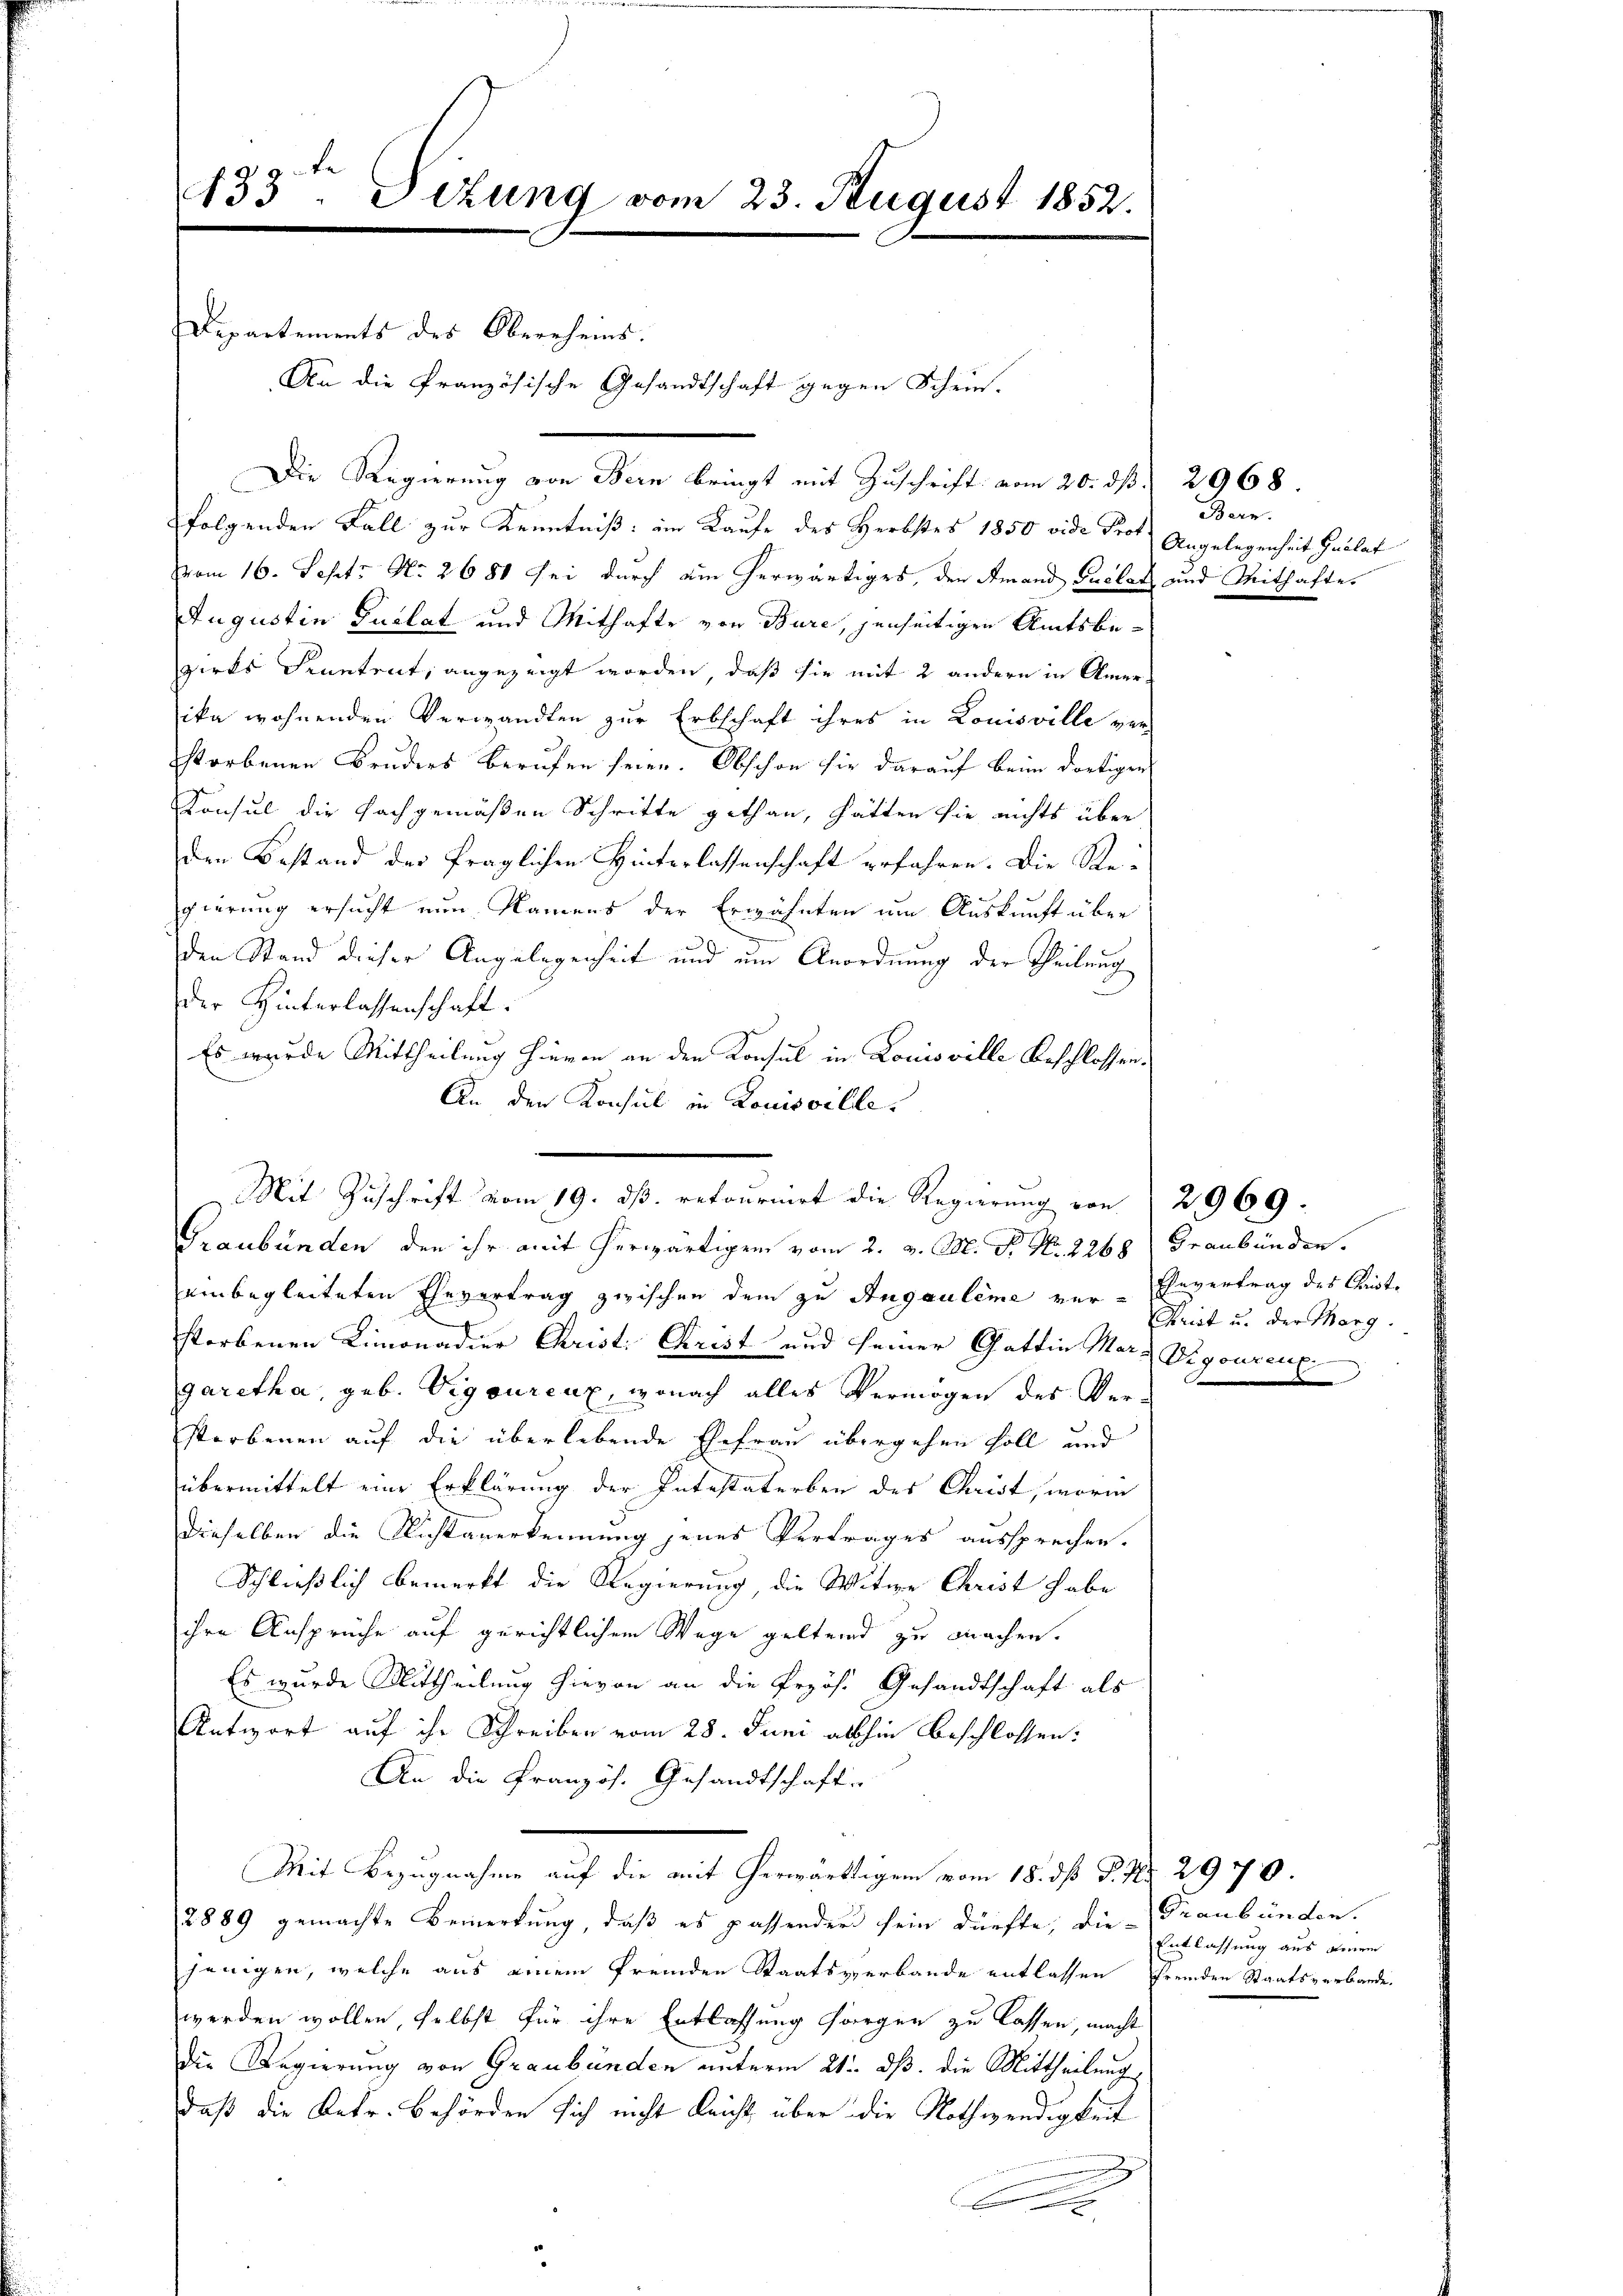
433te Situng vom 23. August 1852.

An die Französische Gesandtschaft gegen Schein-

Departements des Oberrheins.

e

Die Regierung von Bern bringt mit Zuschrift vom 20. ds. 2968.
folgenden Fall zur Kenntniß: im Kaufe des Herbstes 1850 vide Prof. Angelegenheit Guilat
vom 16. Sept No. 2681 sei durch ein herwärtiges, den Amand Pactat und Mithaftes
Augustin Gustat, und Mithafte von Bure, jenseitigen Amtsbezirks Kenntrut, angezeigt worden, daß sie mit 2 andern in Amerika wohnenden Verwandten zur Erbschaft ihres in Louisville ver-
storbenen Bruders berufen seien. Obschon sie darauf beim dortigen
Konsul die Fachgemäßen Schritte gethan, hätten sie nichts über
den Bestand der fraglichen Hinterlassenschaft erfahren. Die Regierung ersucht nun Namens der Erwähnten um Auskunft über
den Stand dieser Angelegenheit und um Anordnung der Theilung
der Hinterlassenschaft.
Es wurde Mittheilung hievon an den Konsul in Louisville Beschlossen.
An den Konsul in Louisville.
Graubünden den ihr mit herwärtigen vom 2. v. M. D. N. 2268 Graubünden.
einbegleiteten Ehevertrag zwischen dem zu Augauleme vor- Eevertrag des Baute
storbenen Limonadier Christi Krist und seiner Gattin Mar- Vegourenz
garetha, geb. Vigourenz, wonach alles Vermögen des Ver-
storbenen auf die überlebende Ehefrau übergehen soll und
übermittelt eine Erklärung der Intestaterben des Christ, worin
dieselben die Richtanerkennung jenes Vertrages aussprechen.
Schließlich bemerkt die Regierung die Witwe Christ habe
ihre Ansprüche auf gerichtlichem Wege geltend zu machen.
Es wurde Mittheilung hievon an die Erzös. Gesandtschaft als
Antwort auf ihr Schreiben vom 28. Juni allhin beschlossen:
An die Französ. Gesandtschafte
Mit Bezugnahme auf die mit herwärttigen vom 18. dß P. Nr. 2970.
2889 gemachte Bemerkung, daß es passender sein dürfte; die Graubünden.
jenigen, welche aus einem fremden Staatsverbande entlassen fremden Staatsverbande.
werden wollen, selbst für ihre Entlassung sorgen zu lassen, macht
die Regierung von Graubünden unterm 21. ds. die Mittheilung
Daß die Betr. Behörden sich nicht leicht über die Nothwendigkeit
b

Mit Zuschrift vom 19. ds. retournirt die Regierung von

Bern.

Krist u. der Marg.

2969

Entlassung aus einem